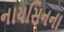
નાયસિનના